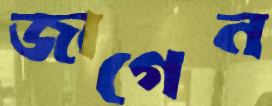
জাগেন